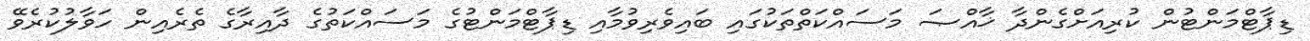
ޑިޕާޓްމަންޓުން ކުރިއަށްގެންދާ ޚާއްޞަ މަސައްކަތްތަކުގައި ބައިވެރިވުމާއި ޑިޕާޓްމަންޓުގެ މަސައްކަތުގެ ދާއިރާގެ ތެރެއިން ހަވާލުކުރެވޭ